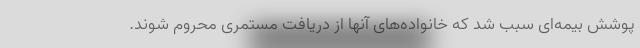
پوشش بیمه‌ای سبب شد که خانواده‌های آنها از دریافت مستمری محروم شوند.